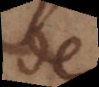
de